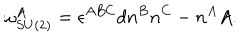
\omega _ { S U ( 2 ) } ^ { A } = \epsilon ^ { A B C } d n ^ { B } n ^ { C } - n ^ { A } A .